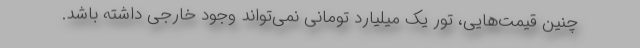
چنین قیمت‌هایی، تور یک میلیارد تومانی نمی‌تواند وجود خارجی داشته باشد.